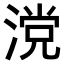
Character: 𣺼